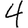
Digit: 4